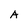
Character: A